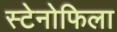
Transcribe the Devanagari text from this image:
स्टेनोफिला